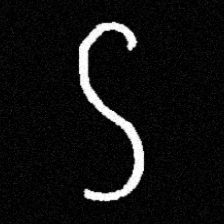
Pyu character \u2014 Myanmar letter: ဌ (romanized: ttha)